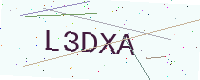
Text: L3DXA